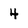
Character: 4